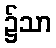
၌သာ